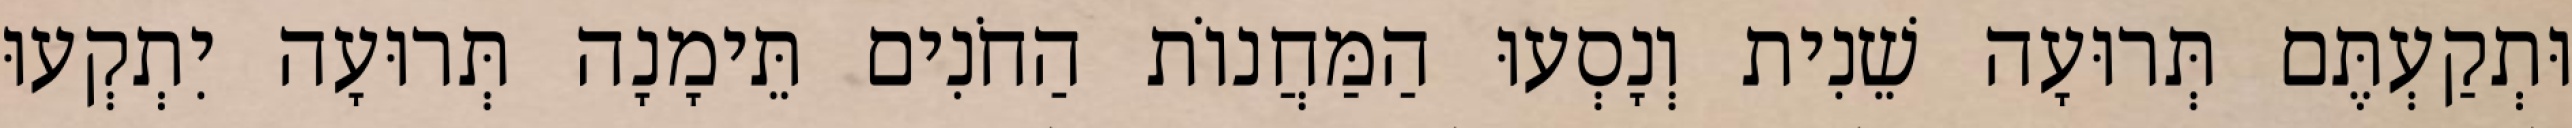
וּתְקַעְתֶּם תְּרוּעָה שֵׁנִית וְנָסְעוּ הַמַּחֲנוֹת הַחֹנִים תֵּימָנָה תְּרוּעָה יִתְקְעוּ